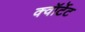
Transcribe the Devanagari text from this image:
क्वॉर्टेट